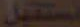
تستقبل